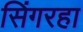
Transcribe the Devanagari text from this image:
सिंगरहा